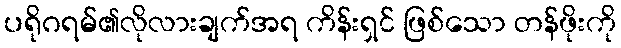
ပရိုဂရမ်၏လိုလားချက်အရ ကိန်းရှင် ဖြစ်သော တန်ဖိုးကို